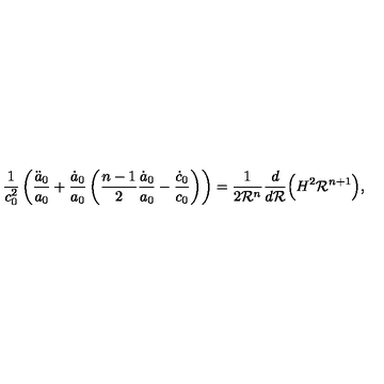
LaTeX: \frac { 1 } { c _ { 0 } ^ { 2 } } \left( \frac { \ddot { a } _ { 0 } } { a _ { 0 } } + \frac { \dot { a } _ { 0 } } { a _ { 0 } } \left( \frac { n - 1 } { 2 } \frac { \dot { a } _ { 0 } } { a _ { 0 } } - \frac { \dot { c } _ { 0 } } { c _ { 0 } } \right) \right) = \frac { 1 } { 2 { \cal R } ^ { n } } \frac { d } { d { \cal R } } \Big ( H ^ { 2 } { \cal R } ^ { n + 1 } \Big ) ,